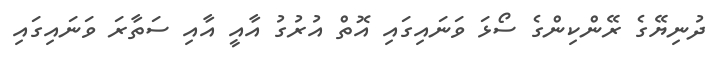
ދުނިޔޭގެ ރޭންކިންގެ ސޯޅަ ވަނައިގައި އޮތް އުރުގު އާއީ އާއި ސަތާރަ ވަނައިގައި